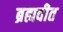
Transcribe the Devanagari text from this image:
ब्रह्मवीत